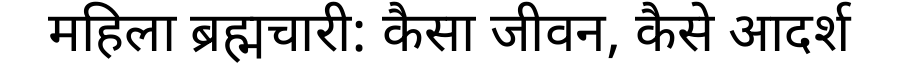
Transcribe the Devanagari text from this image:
महिला ब्रह्मचारी: कैसा जीवन, कैसे आदर्श